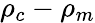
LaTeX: \rho_{c}-\rho_{m}